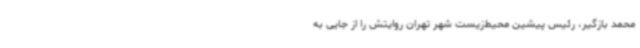
محمد بازگیر، رئیس پیشین محیط‌زیست شهر تهران روایتش را از جایی به